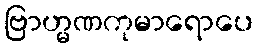
ဗြာဟ္မဏကုမာရောပေ